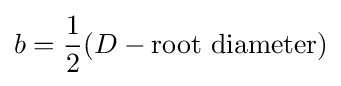
b={\frac {1}{2}}(D-{\text{root diameter}})